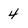
Character: 4